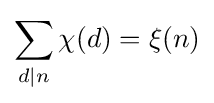
\sum _{d|n}\chi (d)=\xi (n)